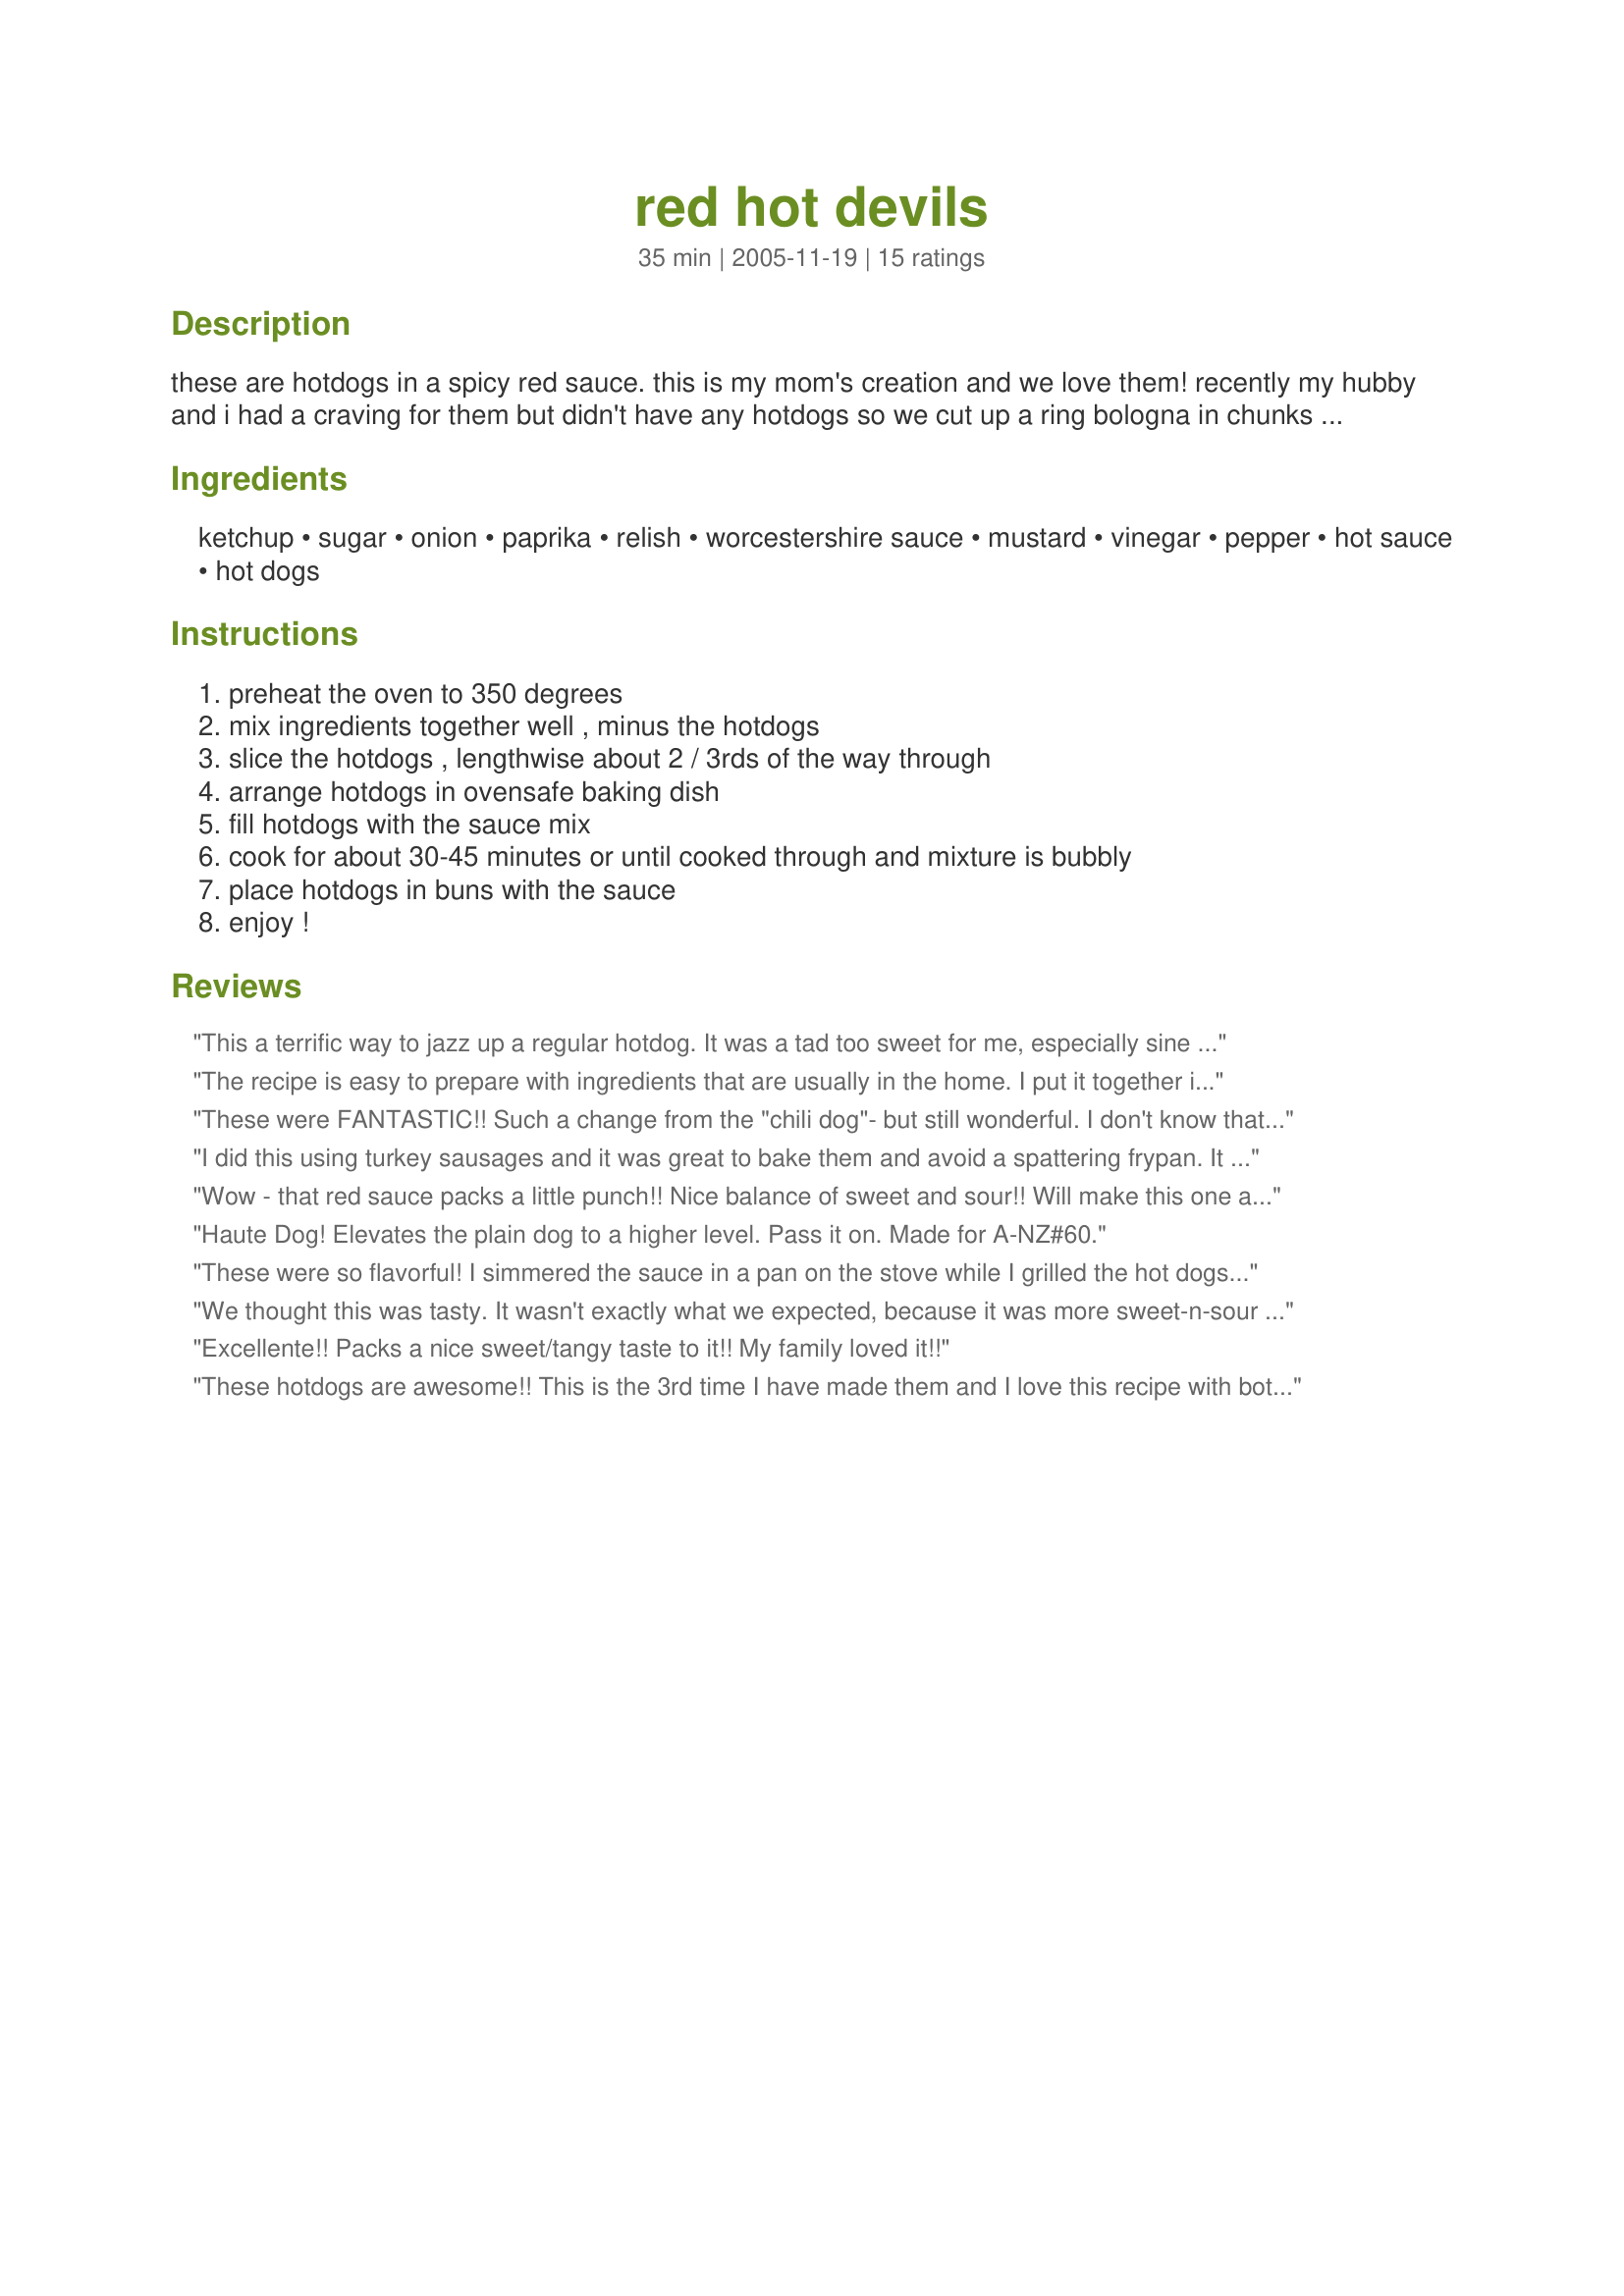
red hot devils
Preparation time: 35 minutes

these are hotdogs in a spicy red sauce. this is my mom's creation and we love them! recently my hubby and i had a craving for them but didn't have any hotdogs so we cut up a ring bologna in chunks and covered it in the sauce and baked it - yum!! there is a lot of room to play with the ingredients: mustard could be the yellow stuff or dijon; relish could be sweet or dill; diced onion could be fresh or dehydrated; vinegar could be white, red wine, cider, etc. enjoy and make this your own!

Ingredients:
ketchup, sugar, onion, paprika, relish, worcestershire sauce, mustard, vinegar, pepper, hot sauce, hot dogs

Steps:
preheat the oven to 350 degrees, mix ingredients together well , minus the hotdogs, slice the hotdogs , lengthwise about 2 / 3rds of the way through, arrange hotdogs in ovensafe baking dish, fill hotdogs with the sauce mix, cook for about 30-45 minutes or until cooked through and mixture is bubbly, place hotdogs in buns with the sauce, enjoy !

Reviews:
This a terrific way to jazz up a regular hotdog. It was a tad too sweet for me, especially sine the baking concentrates the flavors. I might cut back on the ketchup and sugar a little. But overall I was very pleased with this. I did a few differently for my husband since he dislikes ketchup and "sauce" in general. I made up a mixture of relish, onion, vinegar and sugar for his and he really enjoyed that.
The recipe is easy to prepare with ingredients that are usually in the home. I put it together in 5 minutes and had it in the oven baking while I prepared the rest of the dinner. It was done in no time and the taste was spicey, not too hot for kids, and a delicious new way to have hot dogs. Yummmmm!
These were FANTASTIC!! Such a change from the "chili dog"- but still wonderful. I don't know that I will have chili on my hot dog ever again. I LOVED the nice sweet-n-tangy flavor. Thanks so much- made for the French Forum Spice of the Month- Paprika/2010.
I did this using turkey sausages and it was great to bake them and avoid a spattering frypan. It worked really well, was quite 'hot' which was great as I am tired of bland. My relish was mango chutney. I think this is the way to go with sausages from now on .
Wow - that red sauce packs a little punch!! Nice balance of sweet and sour!! Will make this one again and again!! Could even use this sauce over mini-hotdogs or cut up ones in a crockpot for a party or potluck!!
Haute Dog! Elevates the plain dog to a higher level. Pass it on. Made for A-NZ#60.
These were so flavorful! I simmered the sauce in a pan on the stove while I grilled the hot dogs. I melted some american cheese on top, added some diced pickled jalapenos in the sauce, and topped it with fresh diced tomatoes. Since I didn't cook the sauce as long as the recipe suggests, I cut back on the vinegar. It was still super tangy, sweet, and spicy. Delish!
We thought this was tasty. It wasn't exactly what we expected, because it was more sweet-n-sour than hot. Next time I would cut down on both the sugar and vinegar and increase the hot sauce a little. Thanks for sharing this yummy, easy, economical dinner.
Excellente!! Packs a nice sweet/tangy taste to it!! My family loved it!!
These hotdogs are awesome!! This is the 3rd time I have made them and I love this recipe with both the hotdogs and the ring bologna variation!! This is definitely a keeper!!
Really enjoyed these dogs. Followed recipe to the T. Also cooked some beer brats and tried the sauce on them. Wow. Thanks to you and your mom for the keeper.
What a surprize these where. I was reading over recipes looking for something to do with a pkg. of hot dogs. I found this one, read thru the recipe and then the reviews. Afterwards I decided that this would be a hot dog sloppy joe type of thing. I don't know if you serve these with condiments or not. But I decided I to try a red hot devil on a wheat bun with no condiments. That was good, but the next one I added mayo on the wheat bun, a Red Hot Devil, shredded lettuce, more onions and cheddar on top. They both are good!! This recipe turns regular ol' hot dogs from a sow's ear to a Cindrella slipper. I used 1 TBL or brown sugar, zucchini relish and Tobasco for the hot sauce. Next time, oh yeah there will be one, I will dice finely a jalapeno. I do think that the taste will depend on your type of hot dog, although any type will taste better with this sauce. Thank you for posting this keeper!
Very tasty!!! I followed the advice of a reviewer --slathering the bun with mayo, shredded lettuce and topped with shredded cheese. DELICIOUS new way to jazz up hot dogs.
Made of the Aussie/NZ Recipe Swap #35.
Loved these dogs! So I wouldn't eat two, I had to eat a boat load of salad first and jam-pack myself full with lettuce, so I wouldn't go for another. These are highly addictive, and I am in love! I changed the serving size down to "2" and reduced the sugar to accommodate that change. I did however add more hot sauce, (like a FULL teaspoon - as I LOVE hot sauce) and I am glad I did. These were little devils, and I adored them! I will be making this lots! I threw a couple purple onions on top, and I especially loved the method of baking the dogs/sauce together. Who knew? Will be making this again and often! Made for *Paprika Month* French Forum March 2010.
The hot dogs at Weinerschnitzel used to be my favorite hot dog......no longer! These are terrific tasting. I followed the directions exactly, but can see how using different types of condiments would change everything! I had a couple left over, so wrapped in foil and threw in fridge......took them out this afternoon for lunch.....into a 350F oven for 20 minutes.....Voila!......even better than fresh......crisped up the bun a little, too. I think we could probably freeze them and have a quick meal on those nites you don't really want to cook! Thnx for sharing M2R. Made for French Country Kitchen Herb/Spice of the Month Mar 2010.
